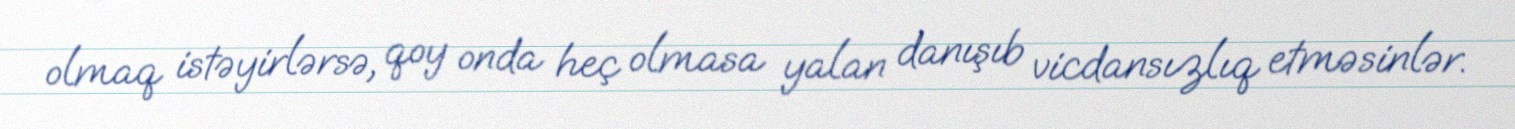
olmaq istəyirlərsə, qoy onda heç olmasa yalan danışıb vicdansızlıq etməsinlər.